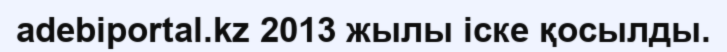
adebiportal.kz 2013 жылы іске қосылды.